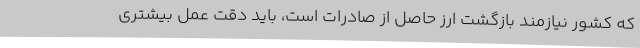
که کشور نیازمند بازگشت ارز حاصل از صادرات است، باید دقت عمل بیشتری